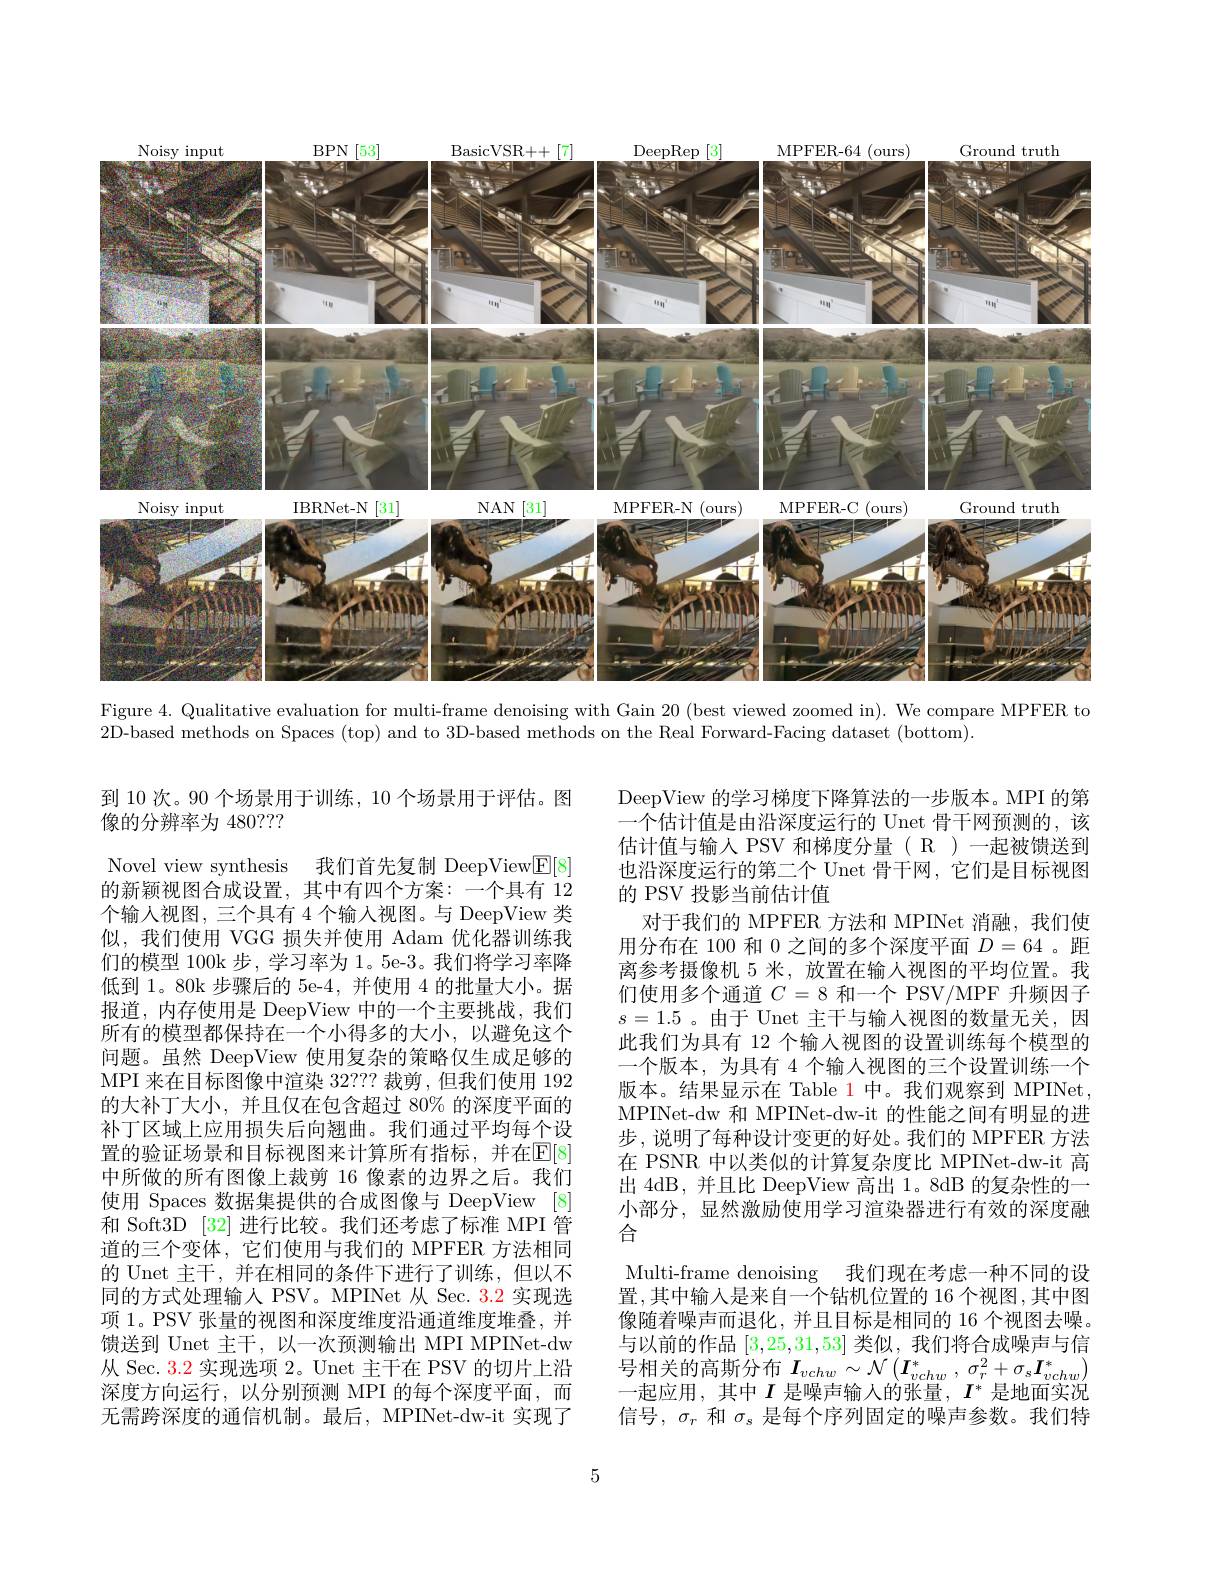
<FigureHere>

Figure 4. Qualitative evaluation for multi-frame denoising with Gain 20 (best viewed zoomed in). We compare MPFER to
2D-based methods on Spaces (top) and to 3D-based methods on the Real Forward-Facing dataset (bottom).

到 10 次。90 个场景用于训练，10 个场景用于评估。图
像的分辨率为 480???
Novel view synthesis 我们首先复制 DeepView$\underline{\mathbb{E}}[8]$ 的新颖视图合成设置，其中有四个方案：一个具有 12个输人视图，三个具有 4 个输入视图。与 DeepView 类似，我们使用 VGG 损失并使用 Adam 优化器训练我们的模型 100k 步，学习率为 1。5e-3。我们将学习率降低到 1。80k 步骤后的 5e-4, 并使用 4 的批量大小。据报道，内存使用是 DeepView 中的一个主要挑战，我们所有的模型都保持在一个小得多的大小，以避免这个问题。虽然 DeepView 使用复杂的策略仅生成足够的MPI 来在目标图像中渲染 32??? 裁剪，但我们使用 192的大补丁大小，并且仅在包含超过 80% 的深度平面的补丁区域上应用损失后向翘曲。我们通过平均每个设置的验证场景和目标视图来计算所有指标，并在$\mathbb{E}[8]$ 中所做的所有图像上裁剪 16 像素的边界之后。我们使用 Spaces 数据集提供的合成图像与 DeepView [8] 和 Soft3D [32] 进行比较。我们还考虑了标准 MPI 管道的三个变体，它们使用与我们的 MPFER 方法相同的 Unet 主干，并在相同的条件下进行了训练，但以不同的方式处理输人 PSV。MPINet 从 Sec. 3.2 实现选项 1。PSV 张量的视图和深度维度沿通道维度堆叠，并馈送到 Unet 主干，以一次预测输出 MPI MPINet-dw 从 Sec. 3.2 实现选项 2。Unet 主干在 PSV 的切片上沿深度方向运行，以分别预测 MPI 的每个深度平面，而无需跨深度的通信机制。最后，MPINet-dw-it 实现了

DeepView 的学习梯度下降算法的一步版本。MPI 的第一个估计值是由沿深度运行的 Unet 骨干网预测的，该估计值与输人 PSV 和梯度分量( R )一起被馈送到也沿深度运行的第二个 Unet 骨干网，它们是目标视图的 PSV 投影当前估计值
对于我们的 MPFER 方法和 MPINet 消融，我们使用分布在 100 和 0 之间的多个深度平面$D=64$ 。距离参考摄像机 5 米，放置在输人视图的平均位置。我们使用多个通道$C=8$和一个 PSV/MPF 升频因子$s=1.5$ 。由于 Unet 主干与输入视图的数量无关，因此我们为具有 12 个输人视图的设置训练每个模型的一个版本。为具有 4 个输人视图的三个设置训练一个版本。结果显示在 Table 1 中。我们观察到 MPINet, MPINet-dw 和 MPINet-dw-it 的性能之间有明显的进步，说明了每种设计变更的好处。我们的 MPFER 方法在 PSNR 中以类似的计算复杂度比 MPINet-dw-it 高出 4dB, 并且比 DeepView 高出 1。8dB 的复杂性的一小部分，显然激励使用学习渲染器进行有效的深度融合
Multi-frame denoising 我们现在考虑一种不同的设置，其中输入是来自一个钻机位置的 16 个视图，其中图像随着噪声而退化，并且目标是相同的 16 个视图去噪。与以前的作品[3,25,31,53]类似，我们将合成噪声与信号相关的高斯分布$I_vchw\sim \mathcal{N} \left ( \boldsymbol{I}_{vchw}^{* }\:, \:\sigma _{r}^{2}+ \sigma _{s}\boldsymbol{I}_{vchw}^{* }\right )$ 一起应用，其中$I$是噪声输人的张量，$I^*$是地面实况信号，$\sigma_r$和$\sigma_s$是每个序列固定的噪声参数。我们特

5